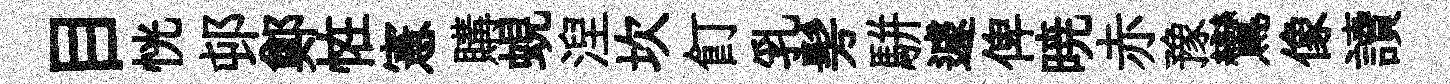
目恍邨鄭恠憲購蜆湼坎飣乳髣駢遽俾暁赤豫鸞像讀